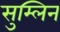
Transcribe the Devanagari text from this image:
सुम्लिन